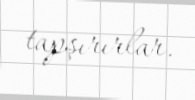
tapşırırlar.